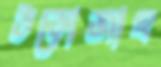
উড়োজাহ